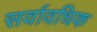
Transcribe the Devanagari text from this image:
सर्वावधिक